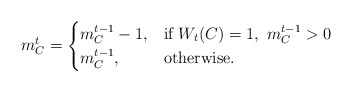
\begin{align*} m^{t}_C=\begin{cases} m^{t-1}_C-1, & \mbox{if } W_{t}(C)=1,\ m^{t-1}_C>0 \\ m^{t-1}_C, & \mbox{otherwise}. \end{cases} \end{align*}